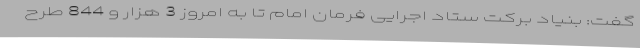
گفت: بنیاد برکت ستاد اجرایی فرمان امام تا به امروز 3 هزار و 844 طرح